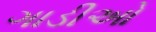
ગાડીઓ